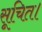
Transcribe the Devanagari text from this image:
सूचित।